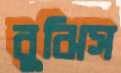
বুঝিস